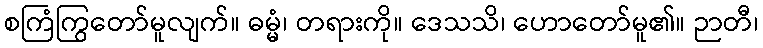
စကြံကြွတော်မူလျက်။ ဓမ္မံ၊ တရားကို။ ဒေသသိ၊ ဟောတော်မူ၏။ ဉာတီ၊